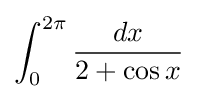
\int _{0}^{2\pi }{\frac {dx}{2+\cos x}}